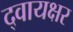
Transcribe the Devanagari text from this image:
द्वायक्षर